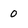
Character: 0